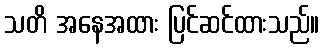
သတိ အနေအထား ပြင်ဆင်ထားသည်။